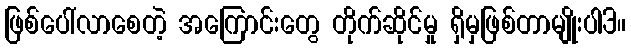
ဖြစ်ပေါ်လာစေတဲ့ အကြောင်းတွေ တိုက်ဆိုင်မှု ရှိမှဖြစ်တာမျိုးပါ3။